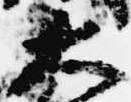
大